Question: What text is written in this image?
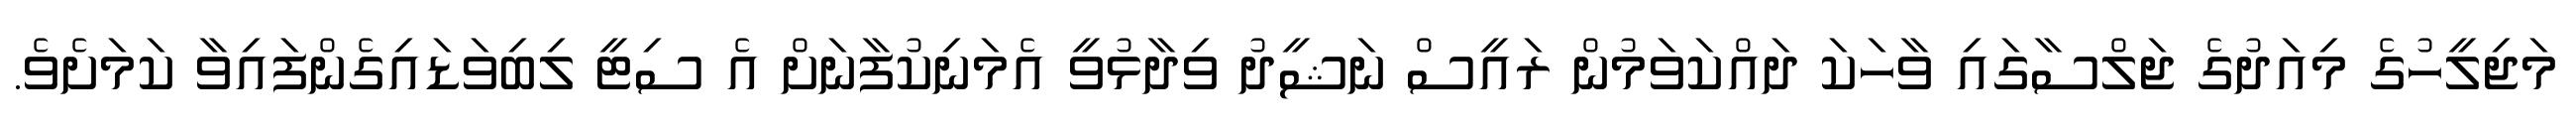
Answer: މަޖިލީހުގެ މިއަދުގެ ޖަލްސާގައި ވާހަކަ ދައްކަވަމުން ރައީސް ނަޝީދު ވިދާޅުވީ އެމަނިކުފާނަށް އެ ސިޓީ ލިބިވަޑައިގެންފައިވާ ކަމަށެވެ.